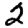
Digit: 2